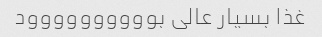
غذا بسیار عالی بوووووووووود